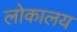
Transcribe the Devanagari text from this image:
लोकालय